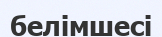
белімшесі